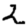
Digit: 2